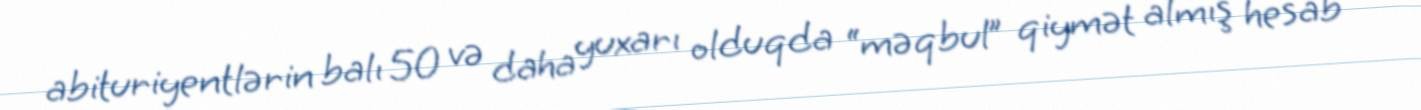
abituriyentlərin balı 50 və daha yuxarı olduqda “məqbul” qiymət almış hesab